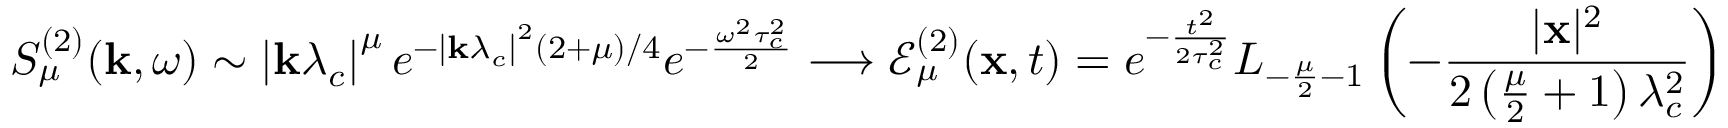
S _ { \mu } ^ { ( 2 ) } ( \mathbf { k } , \omega ) \sim \left| \mathbf { k } \lambda _ { c } \right| ^ { \mu } e ^ { - \left| \mathbf { k } \lambda _ { c } \right| ^ { 2 } ( 2 + \mu ) / 4 } e ^ { - \frac { \omega ^ { 2 } \tau _ { c } ^ { 2 } } { 2 } } \longrightarrow \mathcal { E } _ { \mu } ^ { ( 2 ) } ( \mathbf { x } , t ) = e ^ { - \frac { t ^ { 2 } } { 2 \tau _ { c } ^ { 2 } } } L _ { - \frac { \mu } { 2 } - 1 } \left( - \frac { | \mathbf { x } | ^ { 2 } } { 2 \left( \frac { \mu } { 2 } + 1 \right) \lambda _ { c } ^ { 2 } } \right)